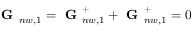
\begin{array} { r } { \textbf { G } _ { n w , 1 } = \textbf { G } _ { n w , 1 } ^ { + } + \textbf { G } _ { n w , 1 } ^ { + } = 0 } \end{array}